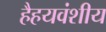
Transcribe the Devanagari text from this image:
हैहयवंशीय